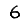
Digit: 6